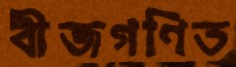
বীজগণিত